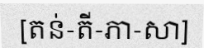
[តន់-តី-ភា-សា]